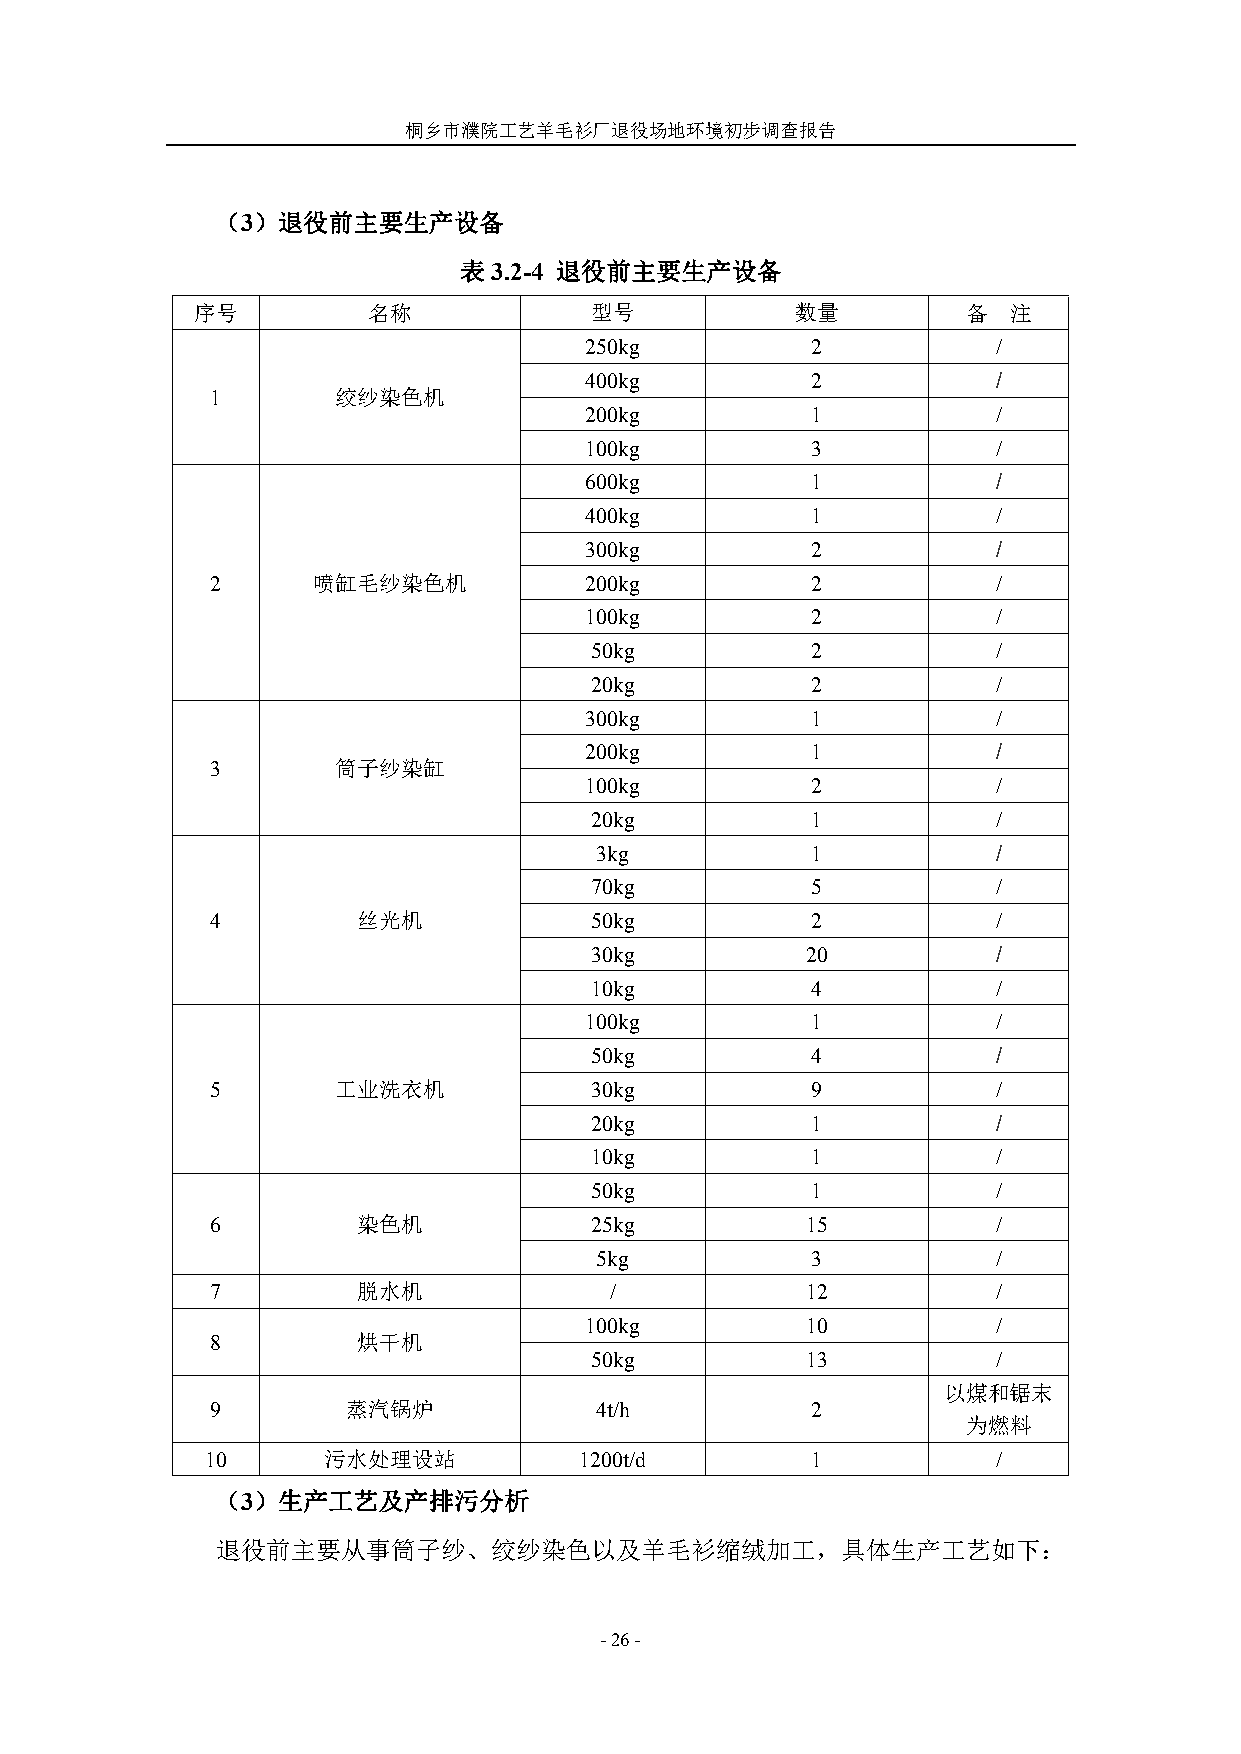
桐乡市濮院工艺羊毛衫厂退役场地环境初步调查报告
 （3）退役前主要生产设备
 表3.2-4 退役前主要生产设备
 序号         名称             型号            数量         备  注
 250kg          2           /
 400kg          2           /
 1       绞纱染色机
 200kg          1           /
 100kg          3           /
 600kg          1           /
 400kg          1           /
 300kg          2           /
 2      喷缸毛纱染色机           200kg          2           /
 100kg          2           /
 50kg           2           /
 20kg           2           /
 300kg          1           /
 200kg          1           /
 3       筒子纱染缸
 100kg          2           /
 20kg           1           /
 3kg            1           /
 70kg           5           /
 4         丝光机            50kg           2           /
 30kg          20           /
 10kg           4           /
 100kg          1           /
 50kg           4           /
 5       工业洗衣机            30kg           9           /
 20kg           1           /
 10kg           1           /
 50kg           1           /
 6         染色机            25kg          15           /
 5kg            3           /
 7         脱水机             /            12           /
 100kg         10           /
 8         烘干机
 50kg          13           /
 以煤和锯末
 9        蒸汽锅炉            4t/h           2
 为燃料
 10     污水处理设站           1200t/d         1           /
 （3）生产工艺及产排污分析
 退役前主要从事筒子纱、绞纱染色以及羊毛衫缩绒加工，具体生产工艺如下：
 -26-